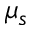
\mu _ { s }